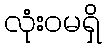
လုံးဝမရှိ